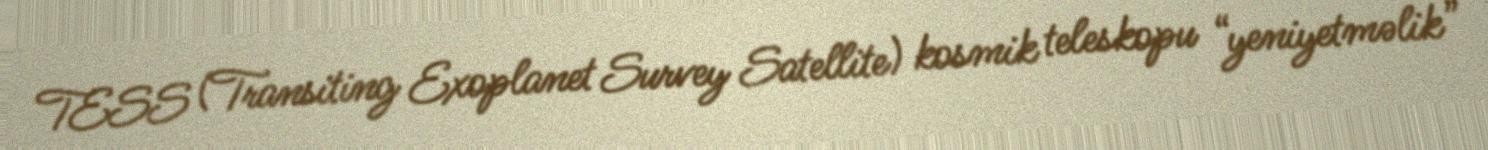
TESS (Transiting Exoplanet Survey Satellite) kosmik teleskopu “yeniyetməlik”